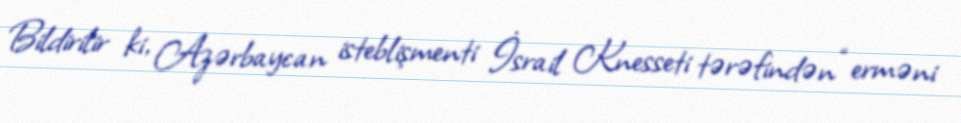
Bildirilir ki, Azərbaycan isteblişmenti İsrail Knesseti tərəfindən “erməni